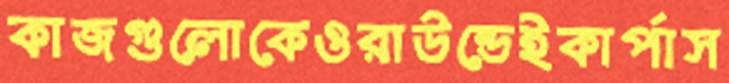
কাজগুলোকেওরাউন্ডেইকার্পাস